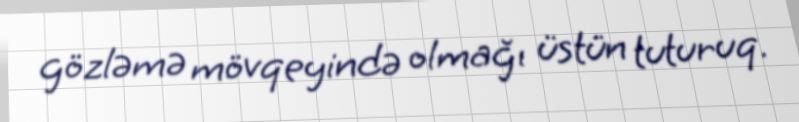
gözləmə mövqeyində olmağı üstün tuturuq.